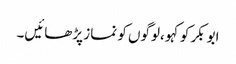
ابوبکر کو کہو ،لوگوں کو نماز پڑھائیں۔